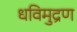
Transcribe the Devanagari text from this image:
धविमुद्रण